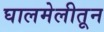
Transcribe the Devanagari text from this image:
घालमेलीतून